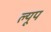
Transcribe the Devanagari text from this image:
ल्यूप